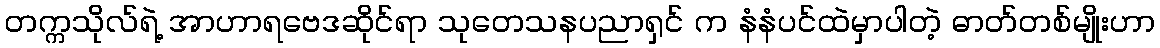
တက္ကသိုလ်ရဲ့ အာဟာရဗေဒဆိုင်ရာ သုတေသနပညာရှင် က နံနံပင်ထဲမှာပါတဲ့ ဓာတ်တစ်မျိုးဟာ